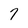
Character: 7